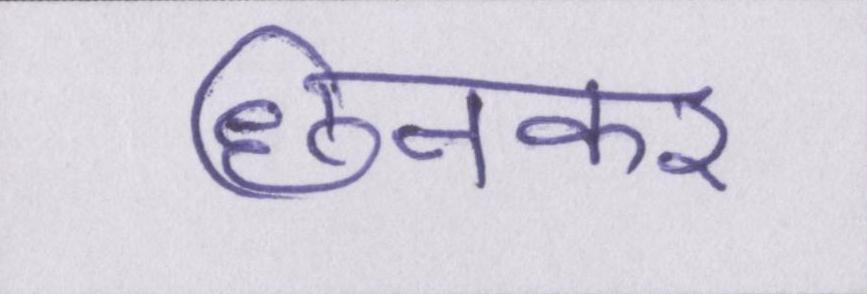
छिनकर